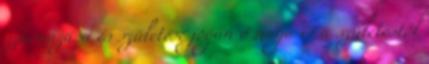
származása és születése jogán ő maga is a születéstől